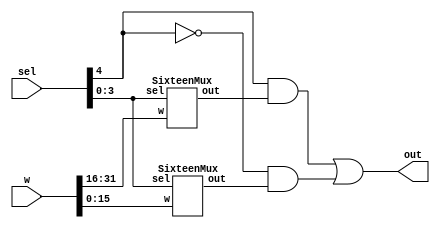
/*
	A 32:1 mux with:
		output: out
		inputs:
			sel[4:0] the line selector
			w[31:0] the input lines to the mux
*/

module ThirtyTwoMux(out, sel, w);
	output		out;
	input [4:0]	sel;
	input [31:0]  w;
	wire [1:0] LSB, ands;
	wire		Sel4Bar;

	SixteenMux Zeroto15		(LSB[0], sel[3:0], w[15:0]);
	SixteenMux Sixteento31	(LSB[1], sel[3:0], w[31:16]);

	not n0 (Sel4Bar, sel[4]);

	and and0 (ands[0], Sel4Bar, LSB[0]);
	and and1 (ands[1], sel[4], LSB[1]);

	or result (out, ands[1], ands[0]);
endmodule // ThirtyTwoMux




/*
	This module instantiates 5 4:1 muxes
	to create a 16:1 mux

	Design taken from "Fundamentals of Digital Design" 2nd Ed.
	Chapter 4, Page 192, Figure 4.4

	Verilog Synthesis by Mitchell Orsucci
	Last Modified: 1.15.17
 */

module SixteenMux (out, sel, w);
	output out;
	input  [15:0] w;
	input  [3:0] sel;
	
	// Pool the outputs of the two LSB and the four 4:1
	// Muxes that they come from
	wire	[3:0] LSB;

	FourMux bits0to3	(LSB[0], sel[1:0], w[3:0]);
	FourMux bits7to4	(LSB[1], sel[1:0], w[7:4]);
	FourMux bits11to8	(LSB[2], sel[1:0], w[11:8]);
	FourMux bits15to12	(LSB[3], sel[1:0], w[15:12]);

	FourMux MSB			(out, sel[3:2], LSB);

endmodule // SixteenMux





/*
	A 4:1 multiplexor with input lines: W[3:0]
	select lines: sel[1:0]
	and output: out
*/

module FourMux(out, sel, w);
	output 		 out;
	input  [3:0] w;
	input  [1:0] sel;
	wire   [1:0] selBar;
	wire   [3:0] ands;

	not n0 (selBar[0], sel[0]);
	not n1 (selBar[1], sel[1]);

	and a0 (ands[0], selBar[1], selBar[0], w[0]);   //Case 0
	and a1 (ands[1], selBar[1], sel[0], w[1]); 		//Case 1
	and a2 (ands[2], sel[1], selBar[0], w[2]);		//Case 2
	and a3 (ands[3], sel[1], sel[0], w[3]);			//Case 3

	// The output of this "or" gate collects criteria from
	// The previous "and" gates and connects to the
	// output of the module
	or outputOr (out, ands[3], ands[2], ands[1], ands[0]);

endmodule // FourMux